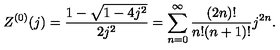
Z ^ { ( 0 ) } ( j ) = \frac { 1 - \sqrt { 1 - 4 j ^ { 2 } } } { 2 j ^ { 2 } } = \sum _ { n = 0 } ^ { \infty } \frac { ( 2 n ) ! } { n ! ( n + 1 ) ! } j ^ { 2 n } .